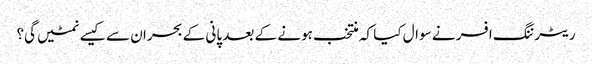
ریٹرننگ افسر نے سوال کیا کہ منتخب ہونے کے بعد پانی کے بحران سے کیسے نمٹیں گی؟